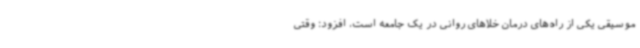
موسیقی یکی از راه‌های درمان خلاهای روانی در یک جامعه است، افزود: وقتی